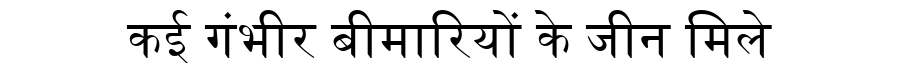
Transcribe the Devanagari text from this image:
कई गंभीर बीमारियों के जीन मिले